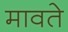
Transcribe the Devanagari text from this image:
मावते